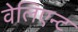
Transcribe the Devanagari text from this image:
वेलिएन्ट